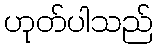
ဟုတ်ပါသည်